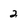
Character: 2